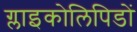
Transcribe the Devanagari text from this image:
ग्लाइकोलिपिडों